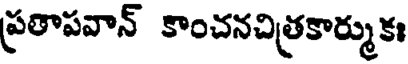
ప్రతాపవాన్ కాంచనచిత్రకార్ముకః